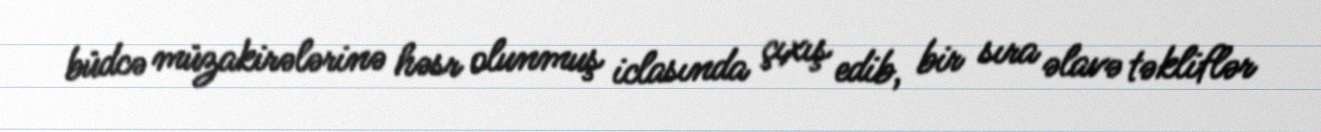
büdcə müzakirələrinə həsr olunmuş iclasında çıxış edib, bir sıra əlavə təkliflər